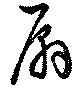
扇